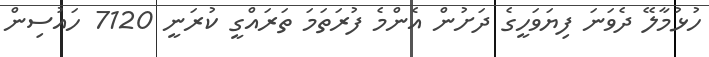
ހުޅުމާލޭ ދެވަނަ ފިޔަވަހީގެ ދަށުން އެންމެ ފުރަތަމަ ތަރައްގީ ކުރަނީ 7120 ހައުސިން